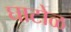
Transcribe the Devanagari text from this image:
घाटोळ